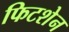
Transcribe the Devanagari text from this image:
फिटशेन